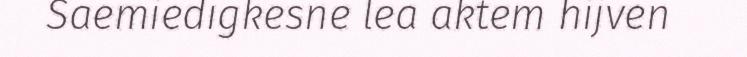
Saemiedigkesne lea aktem hijven